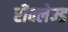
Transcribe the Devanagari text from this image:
रीक्लेम्ड